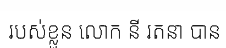
របស់ខ្លួន លោក នី រតនា បាន